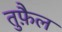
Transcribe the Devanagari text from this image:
तुफ़ैल